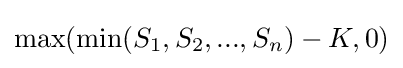
\max(\min(S_{1},S_{2},...,S_{n})-K,0)